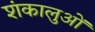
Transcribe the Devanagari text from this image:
शंकालुओं